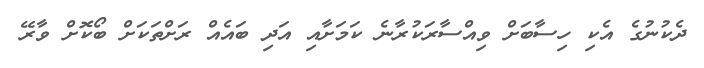
ދެކުނުގެ އެކި ހިސާބަށް ވިއްސާރަކުރާނެ ކަމަށާއި އަދި ބައެއް ރަށްތަކަށް ބޯކޮށް ވާރޭ